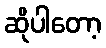
ဆိုပါတော့